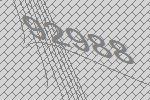
92988